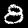
Digit: 8